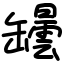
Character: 罎